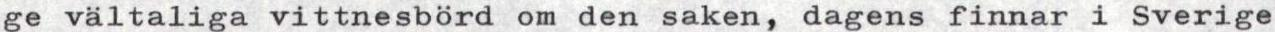
ge vältaliga vittnesbörd om den saken, dagens finnar i Sverige